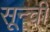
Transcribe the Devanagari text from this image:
सून्ची